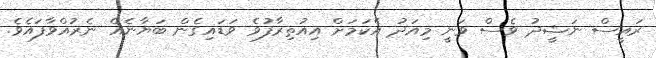
ރައީސް ނަޝީދު ވެސް ވަނީ މިއަދު އެކަމަށް އިއުތިރާފުވެ ވަޑައިގެން ބަޔާނެއް ނެރުއްވާފައެވެ.